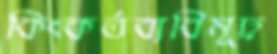
কিংকর্তব্যবিমূঢ়